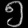
Digit: ၅